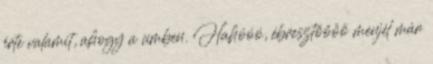
érte valamit, ahogy a címben. Hahóóó, ébresztőőőő menjél már